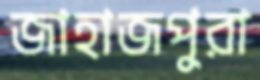
জাহাজপুরা